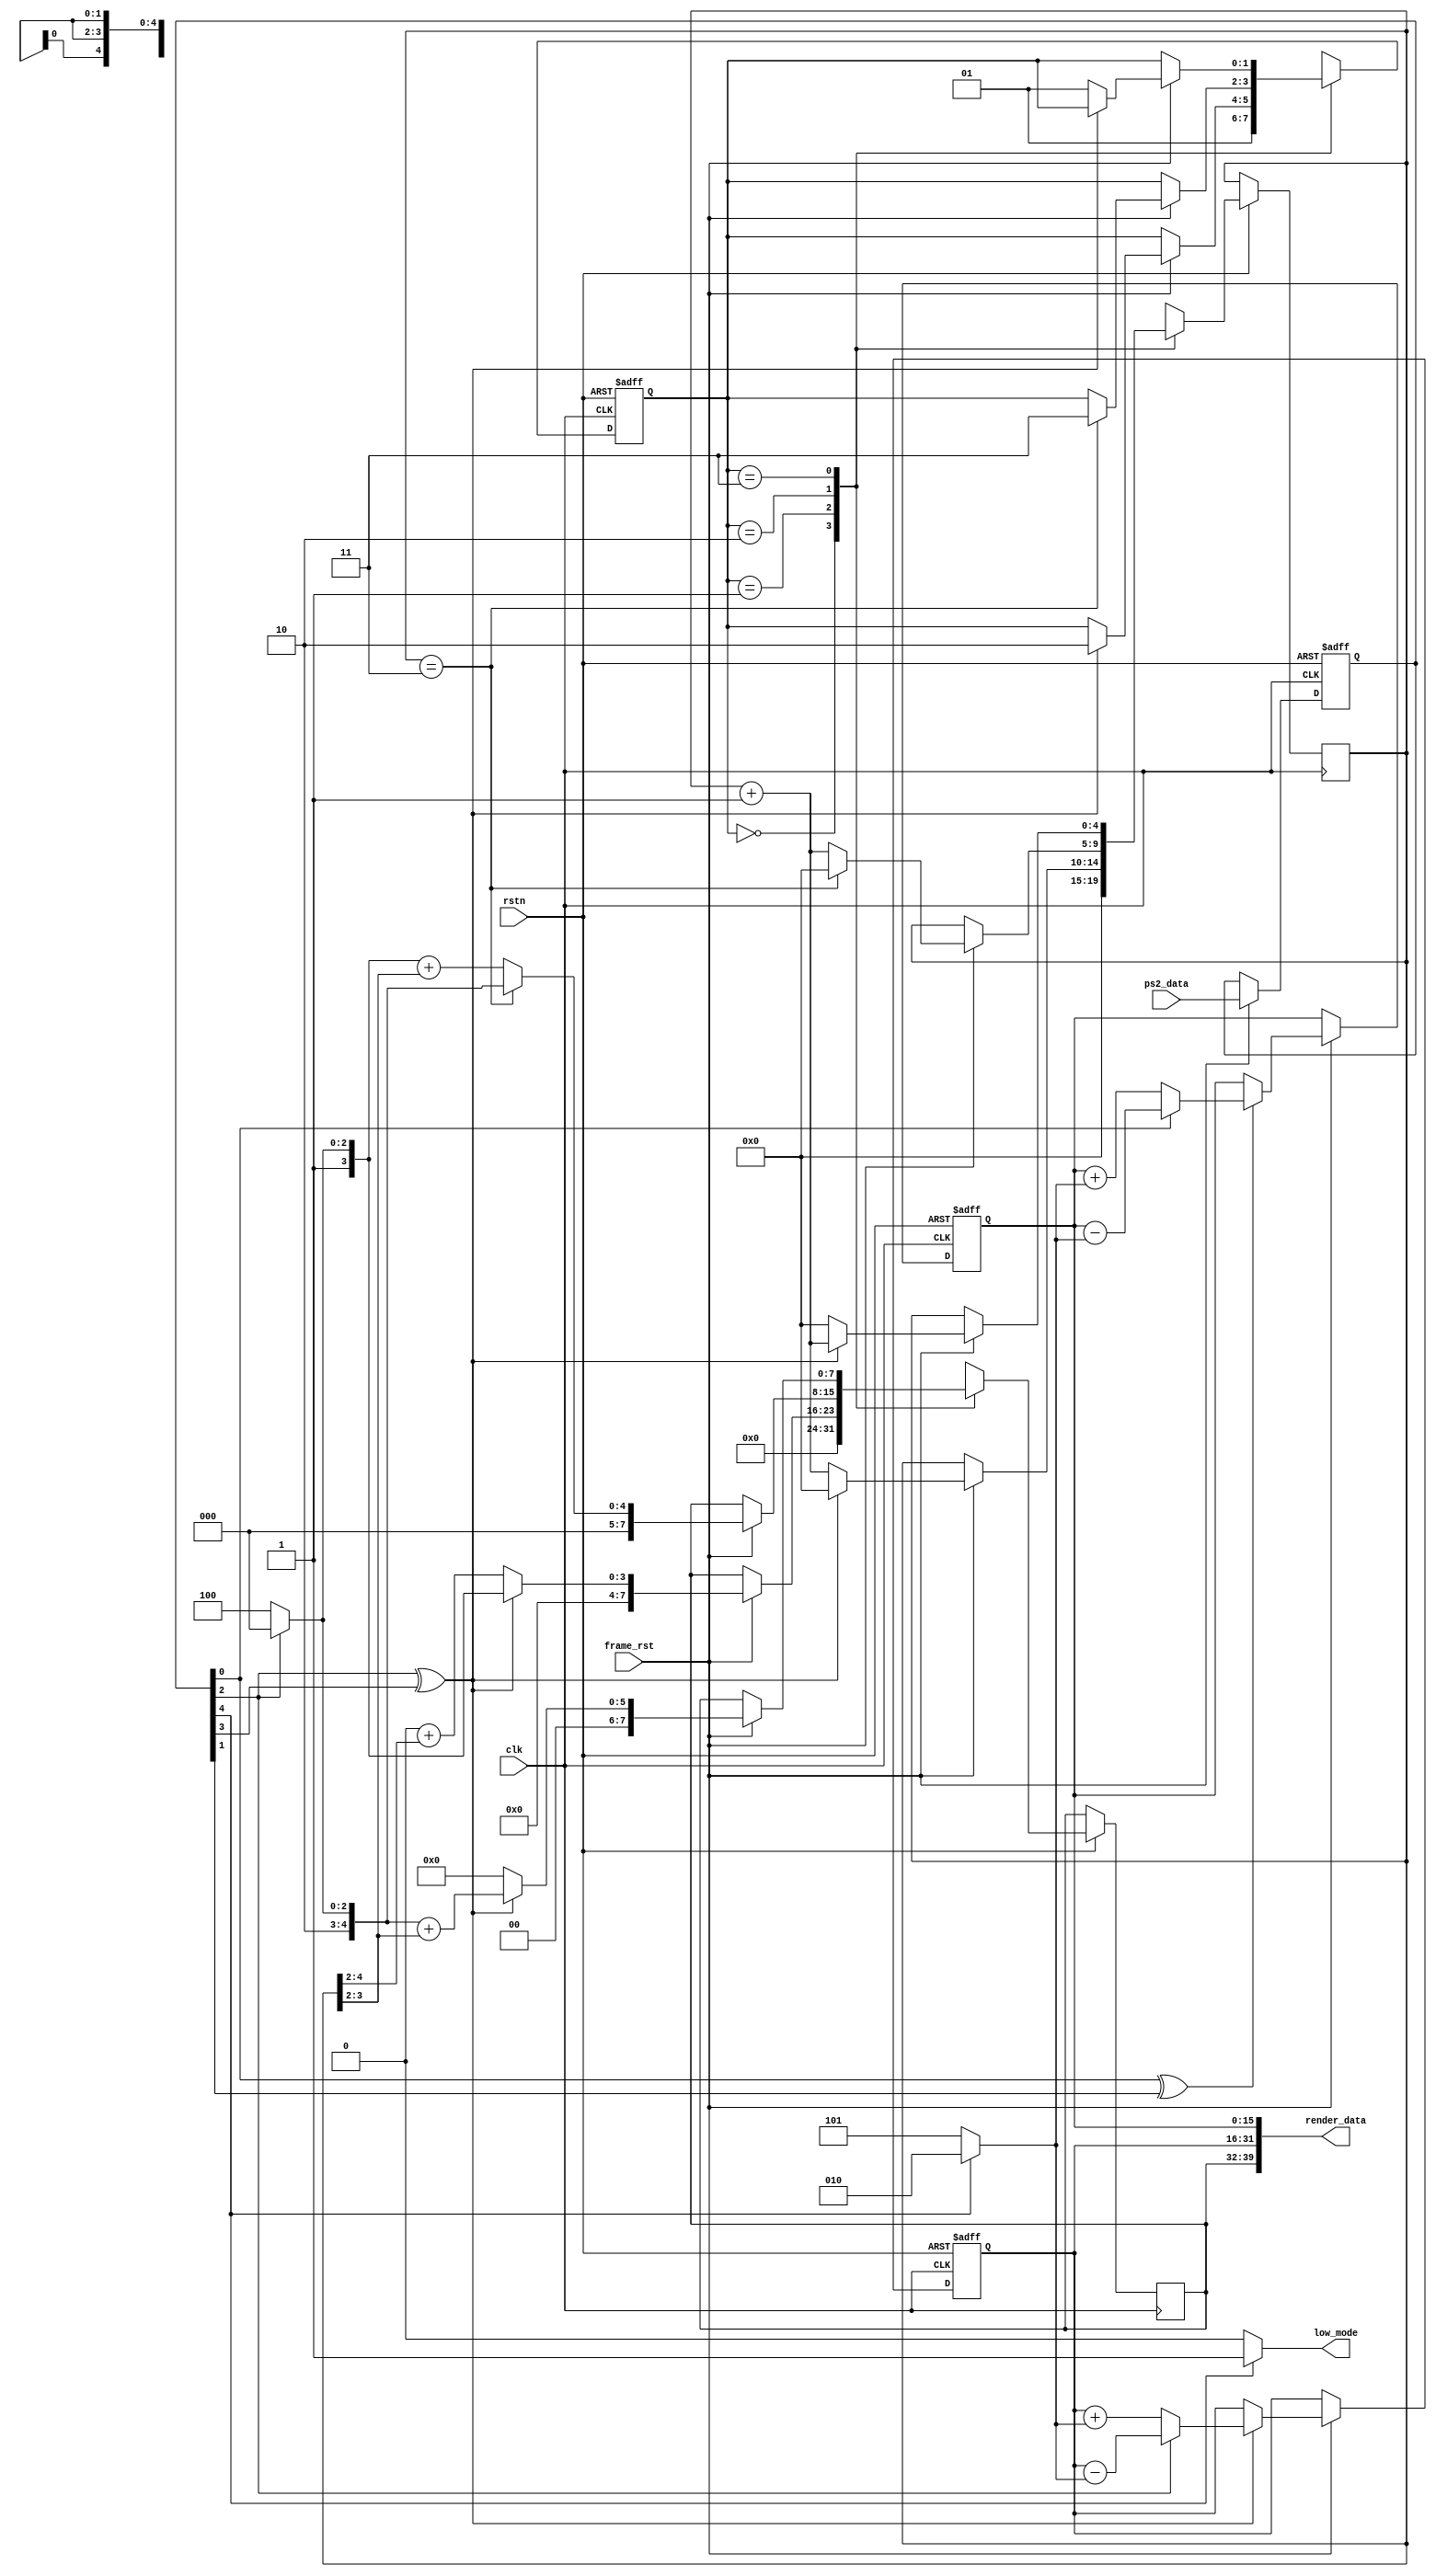
`timescale 1ns / 1ps
//////////////////////////////////////////////////////////////////////////////////
// Company: 
// Engineer: 
// 
// Design Name: 
// Module Name: player
// Project Name: 
// Target Devices: 
// Tool Versions: 
// Description: 
// 
// Dependencies: 
// 
// Revision:
// Revision 0.01 - File Created
// Additional Comments:
// 
//////////////////////////////////////////////////////////////////////////////////


module player(
    input wire clk,
    input wire rstn,
    input wire frame_rst,
    input wire [7:0] ps2_data,

    output wire low_mode,
    output wire [39:0] render_data
    );

    localparam RESET = 2'b00;
    localparam STAY  = 2'b01; // 
    localparam TRANS = 2'b10; // 
    localparam MOVE  = 2'b11; // 

    localparam V_LOW  = 8'd2;
    localparam V_HIGH = 8'd5;

    // 
    localparam ARROW_UP = 4'd0;
    localparam ARROW_DOWN = 4'd1;
    localparam ARROW_LEFT = 4'd2;
    localparam ARROW_RIGHT = 4'd3;
    localparam KEY_SHIFT = 4'd4;

    reg [1:0] state = 2'd0;

    // 
    reg [7:0] keyboard_reg = 8'd0;
    always @ (posedge clk or negedge rstn) begin
        if (!rstn) begin
            keyboard_reg <= 8'd0;
        end else if (frame_rst) begin
            keyboard_reg <= ps2_data;
        end else begin
            keyboard_reg <= keyboard_reg;
        end
    end

    // 
    localparam RES_STAY = 8'd0;
    localparam RES_LEFT_TRANS = 8'd8;
    localparam RES_RIGHT_TRANS = 8'd12;
    localparam RES_LEFT = 8'd16;
    localparam RES_RIGHT = 8'd20;

    reg [4:0] frame_cnt = 5'd0;
    reg [7:0] cur_res_id = 8'd0;
    reg [15:0] pos_x = 16'd400, pos_y = 16'd500;
    assign render_data = {cur_res_id, pos_x, pos_y};

    // 
    wire [7:0] velocity;
    assign velocity = keyboard_reg[KEY_SHIFT] ? V_LOW : V_HIGH;
    assign low_mode = keyboard_reg[KEY_SHIFT] ? 1'b1 : 1'b0;

    // 
    always @ (posedge clk or negedge rstn) begin
        if (!rstn) begin
            pos_x <= 16'd400;
            pos_y <= 16'd500;
        end else if (frame_rst) begin
            if (keyboard_reg[ARROW_LEFT] ^ keyboard_reg[ARROW_RIGHT]) begin
                if (keyboard_reg[ARROW_LEFT]) begin
                    pos_x <= pos_x - velocity;
                end else begin
                    pos_x <= pos_x + velocity;
                end
            end else begin
                pos_x <= pos_x;
            end

            if (keyboard_reg[ARROW_UP] ^ keyboard_reg[ARROW_DOWN]) begin
                if (keyboard_reg[ARROW_UP]) begin
                    pos_y <= pos_y - velocity;
                end else begin
                    pos_y <= pos_y + velocity;
                end
            end else begin
                pos_y <= pos_y;
            end
        end else begin
            pos_x <= pos_x;
            pos_y <= pos_y;
        end
    end

    wire moving;
    assign moving = (keyboard_reg[ARROW_LEFT] ^ keyboard_reg[ARROW_RIGHT]);

    //  id
    always @ (posedge clk or negedge rstn) begin
        if (!rstn) begin
            state <= RESET;
        end else begin
            case (state)
                RESET: begin
                    state <= STAY;
                    frame_cnt <= 5'd0;
                    cur_res_id <= 8'd0;
                end
                STAY: begin
                    if (frame_rst) begin
                        if (moving) begin
                            state <= TRANS;
                            frame_cnt <= 5'd0;
                            cur_res_id <= keyboard_reg[ARROW_LEFT] ? RES_LEFT_TRANS : RES_RIGHT_TRANS;
                        end else begin
                            state <= state;
                            frame_cnt <= frame_cnt + 5'd1;
                            cur_res_id <= RES_STAY + frame_cnt[4:2];
                        end
                    end else begin
                        state <= state;
                        frame_cnt <= frame_cnt;
                        cur_res_id <= cur_res_id;
                    end
                end
                TRANS: begin
                    if (frame_rst) begin
                        if (frame_cnt == 4'd3) begin
                            state <= MOVE;
                            frame_cnt <= 4'd0;
                            cur_res_id <= keyboard_reg[ARROW_LEFT] ? RES_LEFT : RES_RIGHT;
                        end else begin
                            state <= state;
                            frame_cnt <= frame_cnt + 5'd1;
                            cur_res_id <= (keyboard_reg[ARROW_LEFT] ? RES_LEFT_TRANS : RES_RIGHT_TRANS) + frame_cnt[3:2];
                        end
                    end else begin
                        state <= state;
                        frame_cnt <= frame_cnt;
                        cur_res_id <= cur_res_id;
                    end
                end
                MOVE: begin
                    if (frame_rst) begin
                        if (!moving) begin
                            state <= STAY;
                            frame_cnt <= 4'b0;
                            cur_res_id <= RES_STAY;
                        end else begin
                            state <= state;
                            frame_cnt <= frame_cnt + 4'd1;
                            cur_res_id <= (keyboard_reg[ARROW_LEFT] ? RES_LEFT : RES_RIGHT) + frame_cnt[3:2];
                        end
                    end else begin
                        state <= state;
                        frame_cnt <= frame_cnt;
                        cur_res_id <= cur_res_id;
                    end
                end
                default: begin
                    state <= RESET;
                end
            endcase
        end
    end

endmodule